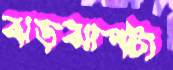
ঝড়ঝাপটা